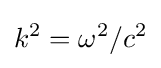
k^{2}=\omega ^{2}/c^{2}